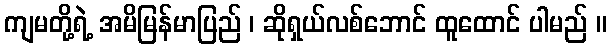
ကျမတို့ရဲ့ အမိမြန်မာပြည် ၊ ဆိုရှယ်လစ်ဘောင် ထူထောင် ပါမည် ။